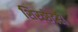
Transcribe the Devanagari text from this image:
शिरच्छेदही